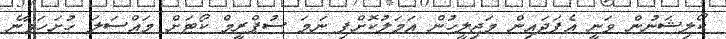
ކޯލިޝަނުން ވަނީ އެފަދައިން މަޖިލީހުން އަމަލުކޮށްފި ނަމަ ސުޕްރީމް ކޯޓަށް މައްސަލަ ހުށަހަޅާނެ